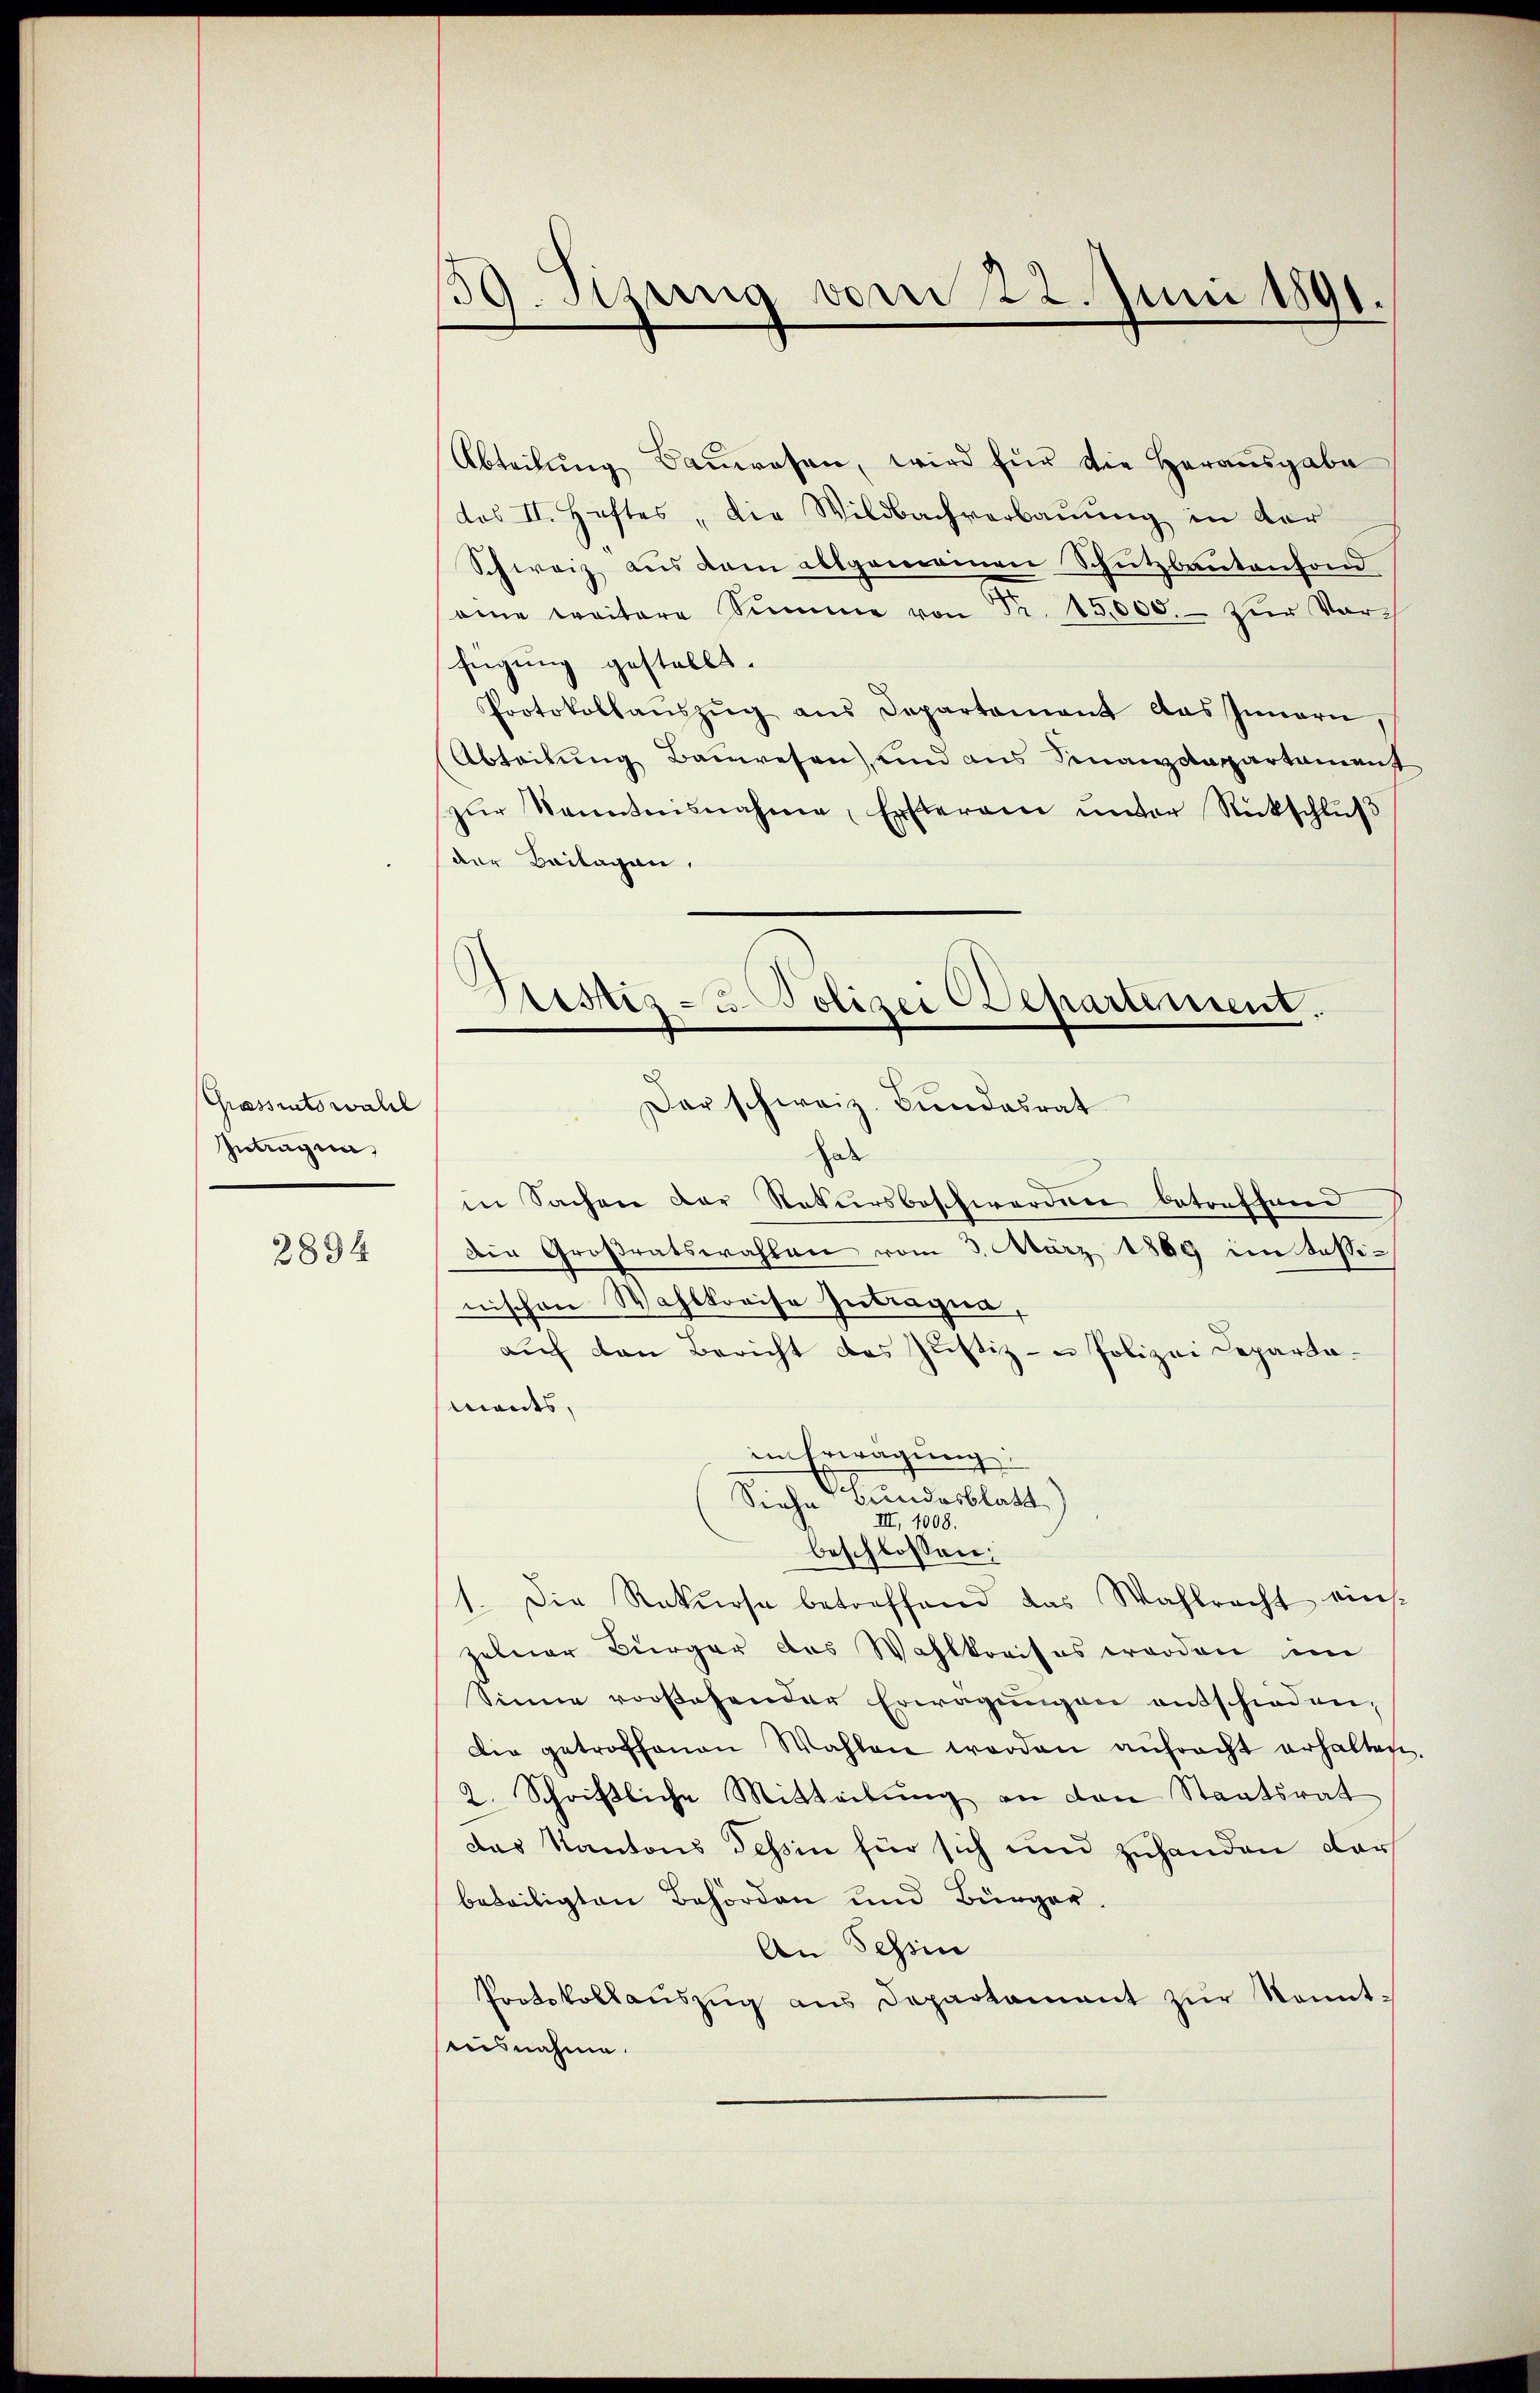
Grossratswahl
Intragun

2894

59. Jezung vom 22. Juni 1891.

Abteilŭng Baŭwesen, wird für die Herausgabe
das II. Heftes, die Wildbachverbaŭŭng in der
Schweiz aus dem allgemeinen Schutzbautenfond
eine weitere Summe von Fr. 15,000.- zŭr Vorfügung gestellt.
Protokollaŭszŭg ans Departement das Innern,
Abteilung Bauwesen, und aus Finanzdepartament
zŭr Kenntnisnahme, Ersterain ŭnter Rückschlŭβ
der Beilagen,
hab
in Sachen der Natursbeschwerden betreffend
Die Großratswahlen vom 3. März 1869 im Sessinischen Wahlkreise Antragen,
aŭf den Bericht das Justiz- u Polizei Repartamants,
in Erwägung:
Bundesblatt)
Siehe
III, 1008.
beschlossen:
1. Die Rekurse betreffend das Wahlrecht einszelner Bürger des Wahlkreises worden im
Sinne vorstehender Erwägŭngen entschieden,
Die getroffenen Wahlen worden aŭfracht erhalten
2. Schriftliche Mitteilung an den Staatsrat
das Kantons Tessin für sich und zuhanden dar
beteiligten Behörden und Bürger,
An Tessin
Protokollaŭszŭg aŭs Departament zŭr kannt-
ausnahme.

Sistis - Polizei Departement.
Dar schweiz. Bŭndesrat